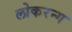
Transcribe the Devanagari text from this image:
लोकरन्ग